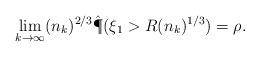
LaTeX: \begin{align*} \lim_{k \to \infty} (n_k)^{2/3}\hat{\P}(\xi_1 > R (n_k)^{1/3}) = \rho.\end{align*}